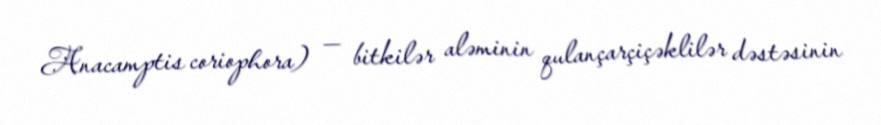
Anacamptis coriophora) — bitkilər aləminin qulançarçiçəklilər dəstəsinin